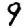
Digit: 9